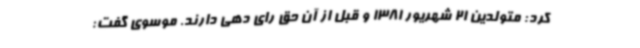
کرد: متولدین 21 شهریور 1381 و قبل از آن حق رای دهی دارند. موسوی گفت: